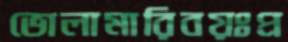
ভোলামারিবয়ঃপ্র